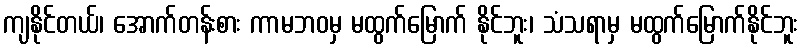
ကျနိုင်တယ်၊ အောက်တန်းစား ကာမဘဝမှ မထွက်မြောက် နိုင်ဘူး၊ သံသရာမှ မထွက်မြောက်နိုင်ဘူး